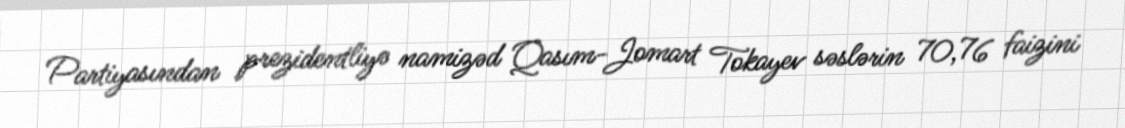
Partiyasından prezidentliyə namizəd Qasım-Jomart Tokayev səslərin 70,76 faizini